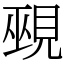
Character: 覡